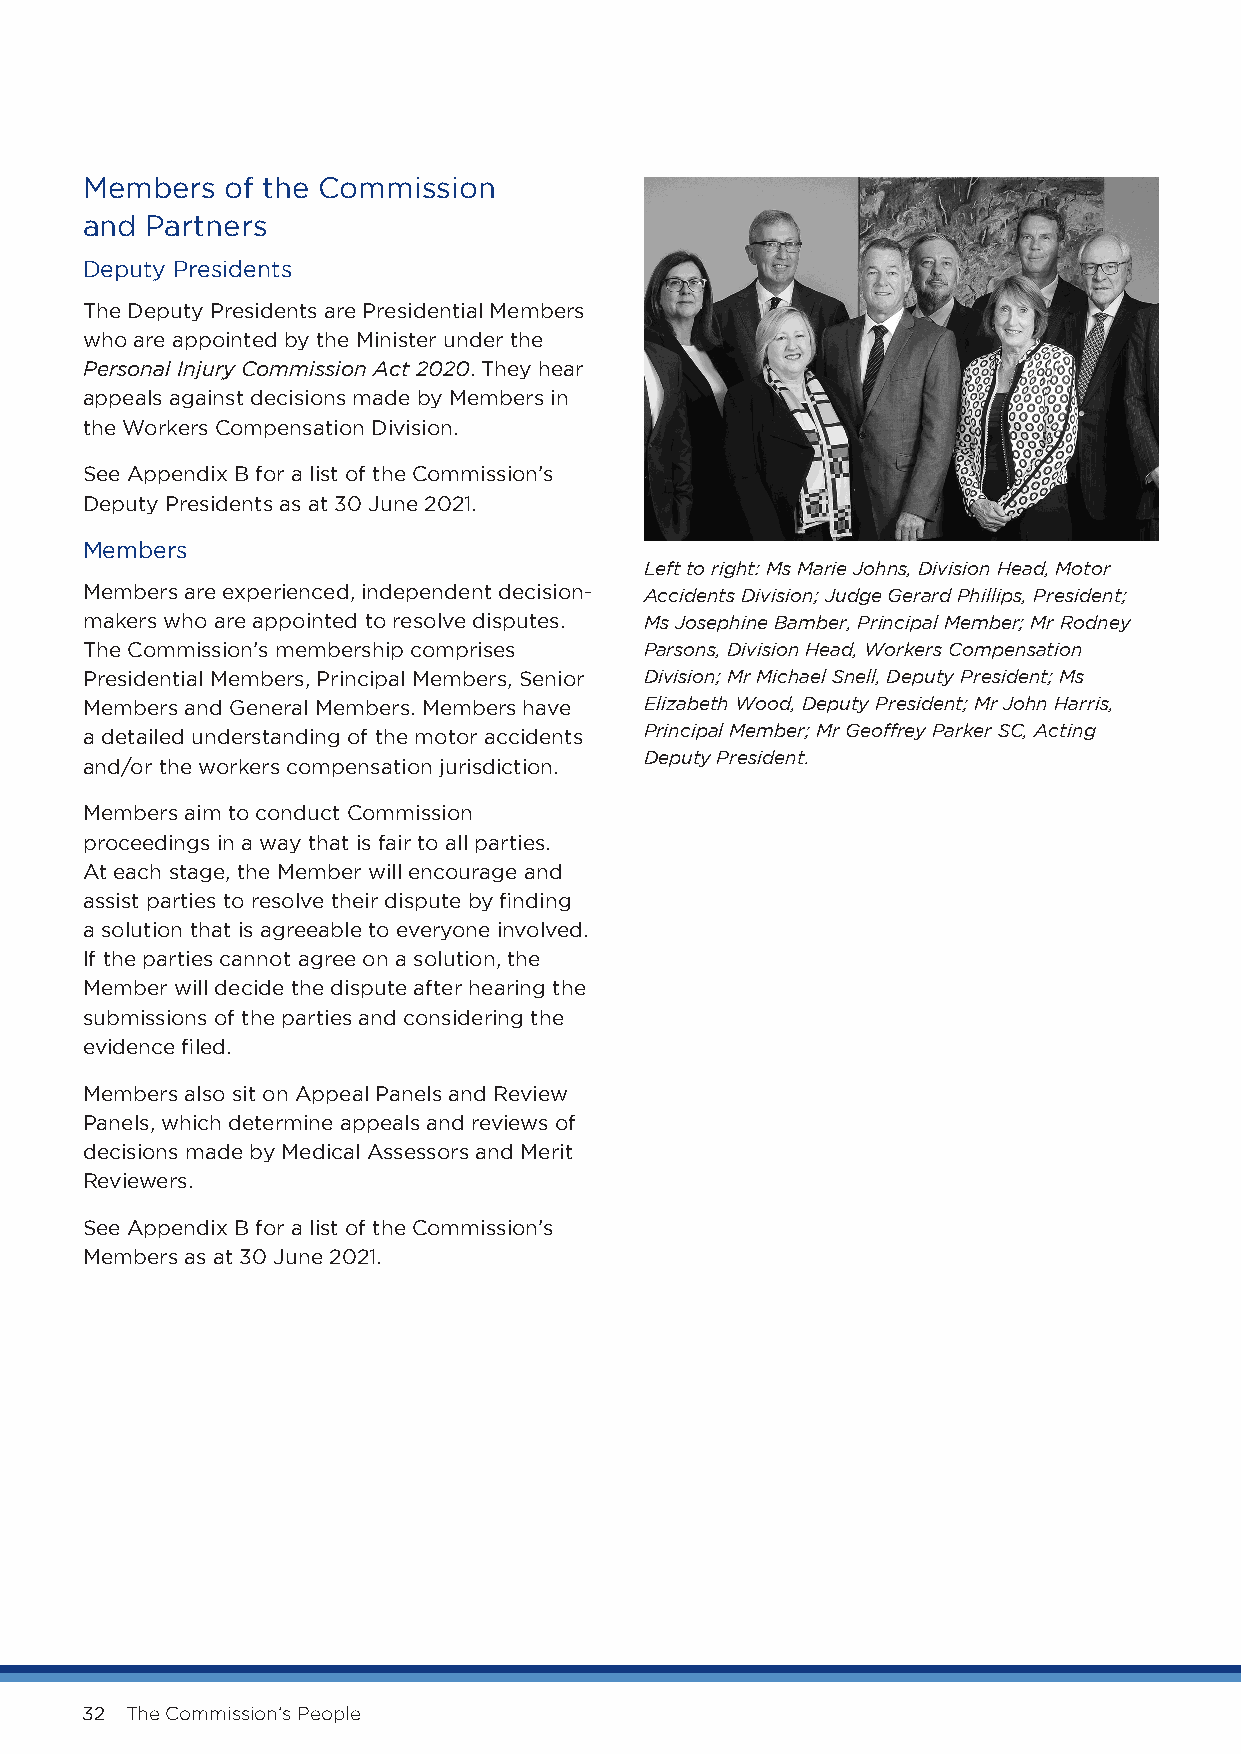
Members   of the Commission
 and  Partners
 Deputy Presidents
 The Deputy Presidents are Presidential Members
 who are appointed by the Minister under the
 Personal Injury Commission Act 2020. They hear
 appeals against decisions made by Members in
 the Workers Compensation Division.
 See Appendix B for a list of the Commission’s
 Deputy Presidents as at 30 June 2021.
 Members
 Left to right: Ms Marie Johns, Division Head, Motor
 Members are experienced, independent decision- Accidents Division; Judge Gerard Phillips, President;
 makers who are appointed to resolve disputes. Ms Josephine Bamber, Principal Member; Mr Rodney
 The Commission’s membership comprises Parsons, Division Head, Workers Compensation
 Presidential Members, Principal Members, Senior Division; Mr Michael Snell, Deputy President; Ms
 Members and General Members. Members have Elizabeth Wood, Deputy President; Mr John Harris,
 a detailed understanding of the motor accidents Principal Member; Mr Geoffrey Parker SC, Acting
 Deputy President.
 and/or the workers compensation jurisdiction.
 Members aim to conduct Commission
 proceedings in a way that is fair to all parties.
 At each stage, the Member will encourage and
 assist parties to resolve their dispute by finding
 a solution that is agreeable to everyone involved.
 If the parties cannot agree on a solution, the
 Member will decide the dispute after hearing the
 submissions of the parties and considering the
 evidence filed.
 Members also sit on Appeal Panels and Review
 Panels, which determine appeals and reviews of
 decisions made by Medical Assessors and Merit
 Reviewers.
 See Appendix B for a list of the Commission’s
 Members as at 30 June 2021.
 32 The Commission’s People